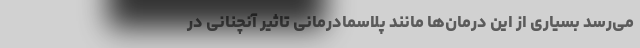
می‌رسد بسیاری از این درمان‌ها مانند پلاسمادرمانی تاثیر آنچنانی در